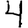
Digit: 4